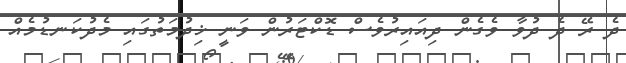
ދެ ރޭ ދެ ދުވާ ވެގެން ދިއައިރުވެސް ޑޮކްޓަރުން ވަނީ ޚިދުމަތުގައި މެދުކަނޑުމެއް